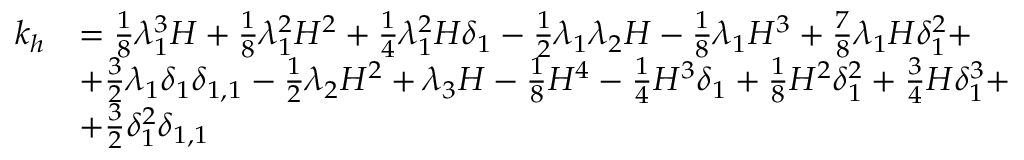
\begin{array} { r l } { k _ { h } } & { = \frac { 1 } { 8 } \lambda _ { 1 } ^ { 3 } H + \frac { 1 } { 8 } \lambda _ { 1 } ^ { 2 } H ^ { 2 } + \frac { 1 } { 4 } \lambda _ { 1 } ^ { 2 } H \delta _ { 1 } - \frac { 1 } { 2 } \lambda _ { 1 } \lambda _ { 2 } H - \frac { 1 } { 8 } \lambda _ { 1 } H ^ { 3 } + \frac { 7 } { 8 } \lambda _ { 1 } H \delta _ { 1 } ^ { 2 } + } \\ & { + \frac { 3 } { 2 } \lambda _ { 1 } \delta _ { 1 } \delta _ { 1 , 1 } - \frac { 1 } { 2 } \lambda _ { 2 } H ^ { 2 } + \lambda _ { 3 } H - \frac { 1 } { 8 } H ^ { 4 } - \frac { 1 } { 4 } H ^ { 3 } \delta _ { 1 } + \frac { 1 } { 8 } H ^ { 2 } \delta _ { 1 } ^ { 2 } + \frac { 3 } { 4 } H \delta _ { 1 } ^ { 3 } + } \\ & { + \frac { 3 } { 2 } \delta _ { 1 } ^ { 2 } \delta _ { 1 , 1 } } \end{array}